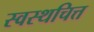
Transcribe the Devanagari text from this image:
स्वस्थचित्त